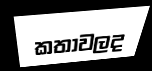
කතාවලද